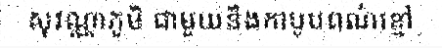
សុវណ្ណាភូមិ ជាមួយនឹងកាបូបពណ៌ខ្មៅ